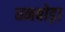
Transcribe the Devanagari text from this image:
धनबोड़ा